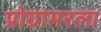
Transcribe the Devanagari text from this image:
प्रोग्रामरला